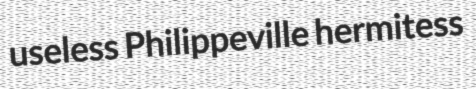
useless Philippeville hermitess